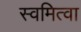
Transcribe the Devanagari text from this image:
स्वमित्वा